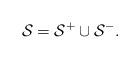
LaTeX: \begin{align*} \mathcal{S}_{}= \mathcal{S}_{}^{+}\cup \mathcal{S}_{}^{-}.\end{align*}